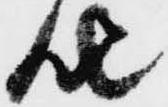
然